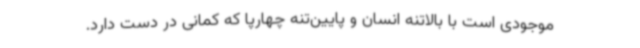
موجودی است با بالاتنه انسان و پایین‌تنه چهارپا که کمانی در دست دارد.